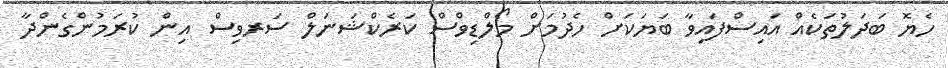
ހެޔޮ ބަދަލުތަކެއް އައިސްފައިވާ ބަޔަކަށް ހެދުމަށް މޯލްޑިވްސް ކަރެކްޝަނަލް ސަރވިސް އިން ކުރަމުންގެންދާ